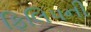
ફિલિપની